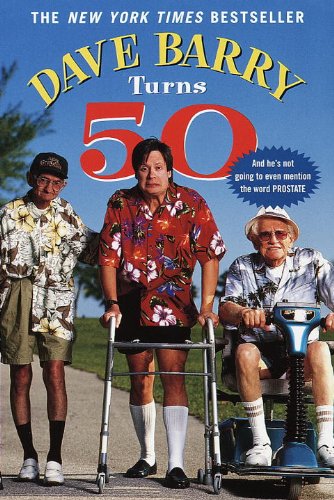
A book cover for Dave Barry Turns 50; Dave Barry; Humor & Entertainment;